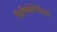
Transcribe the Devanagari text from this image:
फिजियोथेरेपिस्टो